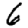
Digit: 6